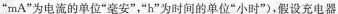
”mA”为电流的单位”毫安”，”h”为时间的单位”小时”)，假设充电器